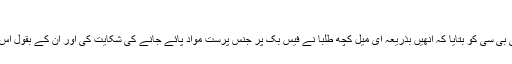
لمز انتظامیہ کا موقف
یونیورسٹی میں آفس آف سٹوڈنٹ افئیرز کے ڈین عدنان خان نے بی بی سی کو بتایا کہ انھیں بذریعہ ای میل کچھ طلبا نے فیس بک پر جنس پرست مواد پائے جانے کی شکایت کی اور ان کے بقول اس مواد کو شیئر کرنے والے بھی لمز یونیورسٹی کے ہی طلبا تھے۔